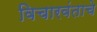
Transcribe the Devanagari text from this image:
विचारवंताचे